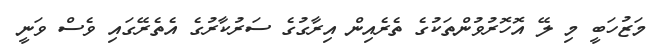
މަޒުހަބީ މި ލޭ އޮހޮރުވުންތަކުގެ ތެރެއިން އިރާގުގެ ސަރުކާރުގެ އެތެރޭގައި ވެސް ވަނީ